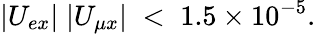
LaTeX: |U_{ex}|\; |U_{\mu x}|\; <\; 1.5\times 10^{-5}.